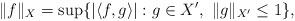
LaTeX: \begin{align*}\|f\|_X=\sup\{|\langle f,g\rangle| : g\in X',\ \|g\|_{X'}\le 1\},\end{align*}